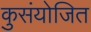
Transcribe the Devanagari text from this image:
कुसंयोजित